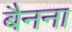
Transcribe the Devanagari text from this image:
बैनना